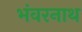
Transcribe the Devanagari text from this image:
भंवरनाथ